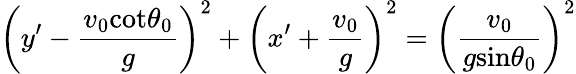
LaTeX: \left(y^{\prime}-\frac{v_{0}\textrm{cot}\theta_{0}}{g}\right)^{2}+\left(x^{\prime}+\frac{v_{0}}{g}\right)^{2}=\left(\frac{v_{0}}{g\textrm{sin}\theta_{0}}\right)^{2}